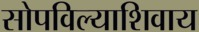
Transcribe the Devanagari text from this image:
सोपविल्याशिवाय